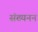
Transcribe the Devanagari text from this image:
संख्यनन